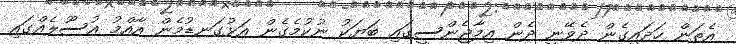
އެތަން ހަދައިގެން ދެވޭނީ ދެން އިމާޖެންސީގައި ބަޔަކު ނުކުމެގެން އަޅުގަނޑުމެން އާއްމު އުސޫލެއްގައި